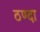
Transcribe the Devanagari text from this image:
ठण्दा